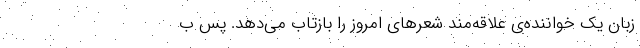
زبانِ یک خواننده‌ی علاقه‌مندِ شعرهای امروز را بازتاب می‌دهد. پس ب